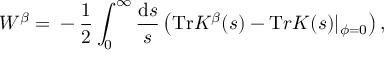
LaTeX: W ^ { \beta } = \mathrm { } - \frac 1 { 2 } \int _ { 0 } ^ { \infty } \frac { \mathrm { d } s } { s } \left( { \mathrm { T r } } K ^ { \beta } ( s ) - { \mathrm T r } K ( s ) | _ { \phi = 0 } \right) ,